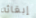
إبقائه